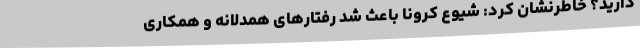
دارید؟ خاطرنشان کرد: شیوع کرونا باعث شد رفتارهای همدلانه و همکاری